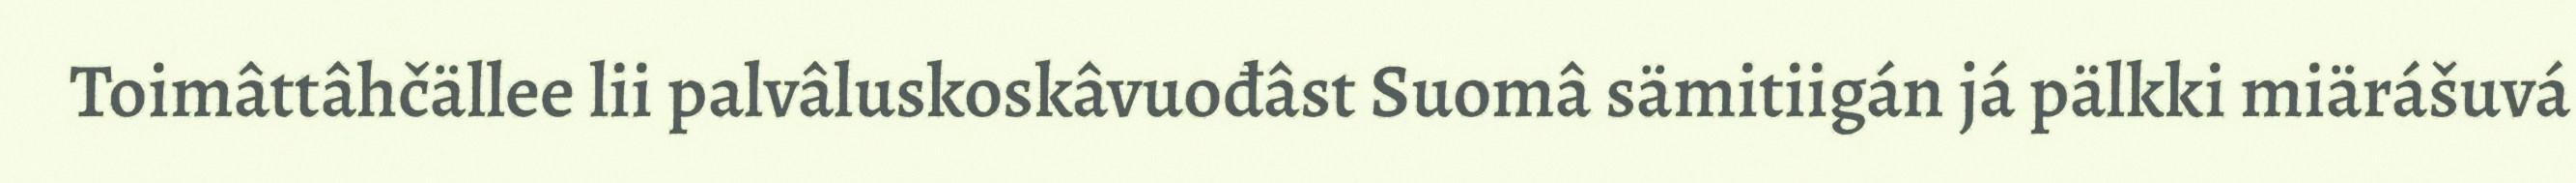
Toimâttâhčällee lii palvâluskoskâvuođâst Suomâ sämitiigán já pälkki miärášuvá